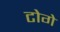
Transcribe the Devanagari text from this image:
टोगे